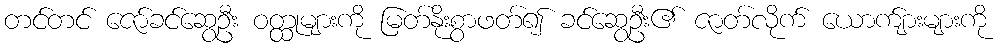
တင်တင် ဇော်ခင်ဆွေဦး ဝတ္ထုများကို မြတ်နိုးစွာဖတ်၍ ခင်ဆွေဦး၏ ဇာတ်လိုက် ယောက်ျားများကို